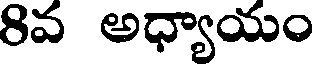
8వ అధ్యాయం